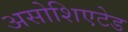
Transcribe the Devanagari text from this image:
असोशिएटेड